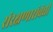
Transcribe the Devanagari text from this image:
संरक्षणासंबंधी